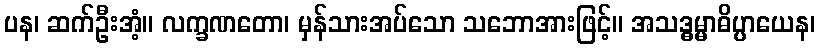
ပန၊ ဆက်ဦးအံ့။ လက္ခဏတော၊ မှန်သားအပ်သော သဘောအားဖြင့်။ အသဒ္ဓမ္မာဓိပ္ပာယေန၊